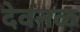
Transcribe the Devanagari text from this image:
देवनळ